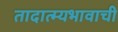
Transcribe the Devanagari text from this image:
तादात्म्यभावाची